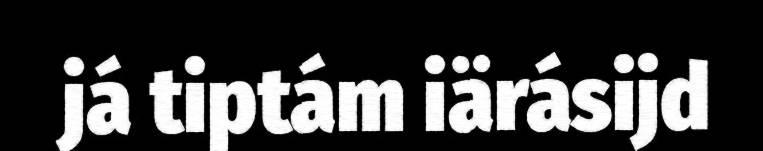
já tiptám iärásijd